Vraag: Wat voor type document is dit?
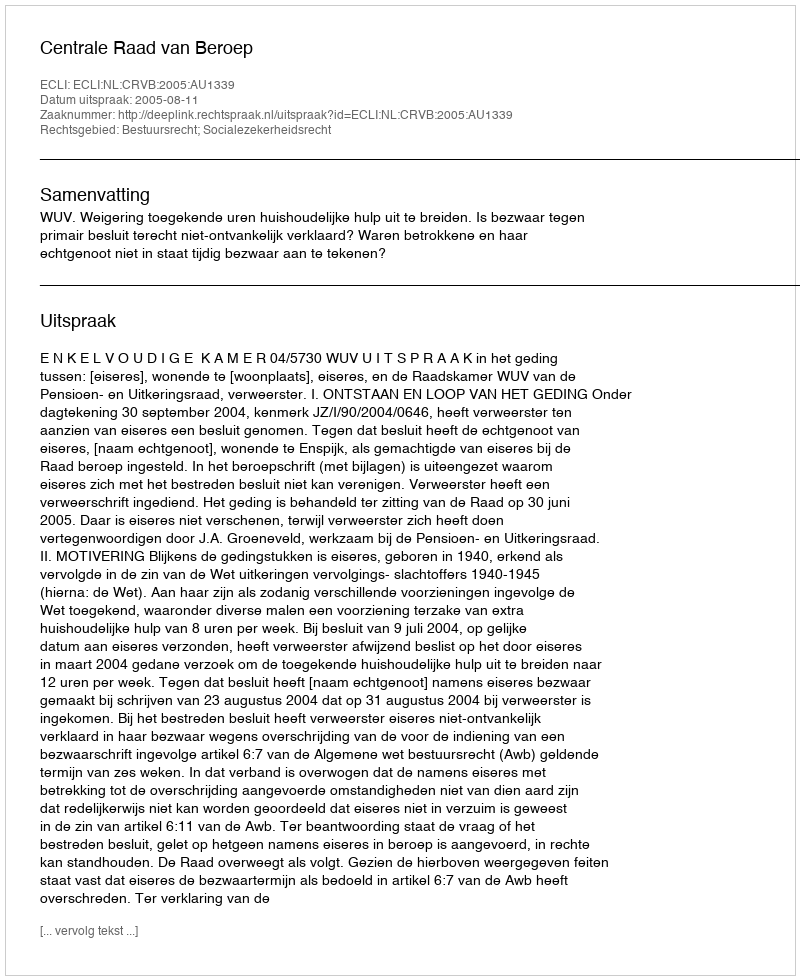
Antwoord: Uitspraak